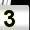
Digit: 3